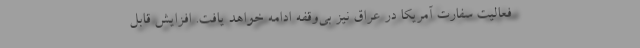
فعالیت سفارت آمریکا در عراق نیز بی‌وقفه ادامه خواهد یافت. افزایش قابل